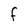
Character: F